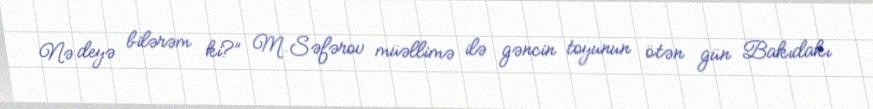
Nə deyə bilərəm ki?” M.Səfərov müəllimə ilə gəncin toyunun ötən gün Bakıdakı